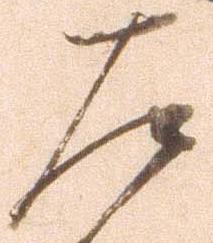
左